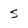
Character: S